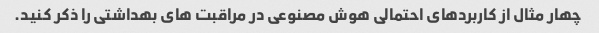
چهار مثال از کاربردهای احتمالی هوش مصنوعی در مراقبت های بهداشتی را ذکر کنید.